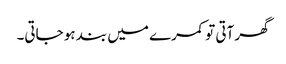
گھر آتی تو کمرے میں بند ہو جاتی۔